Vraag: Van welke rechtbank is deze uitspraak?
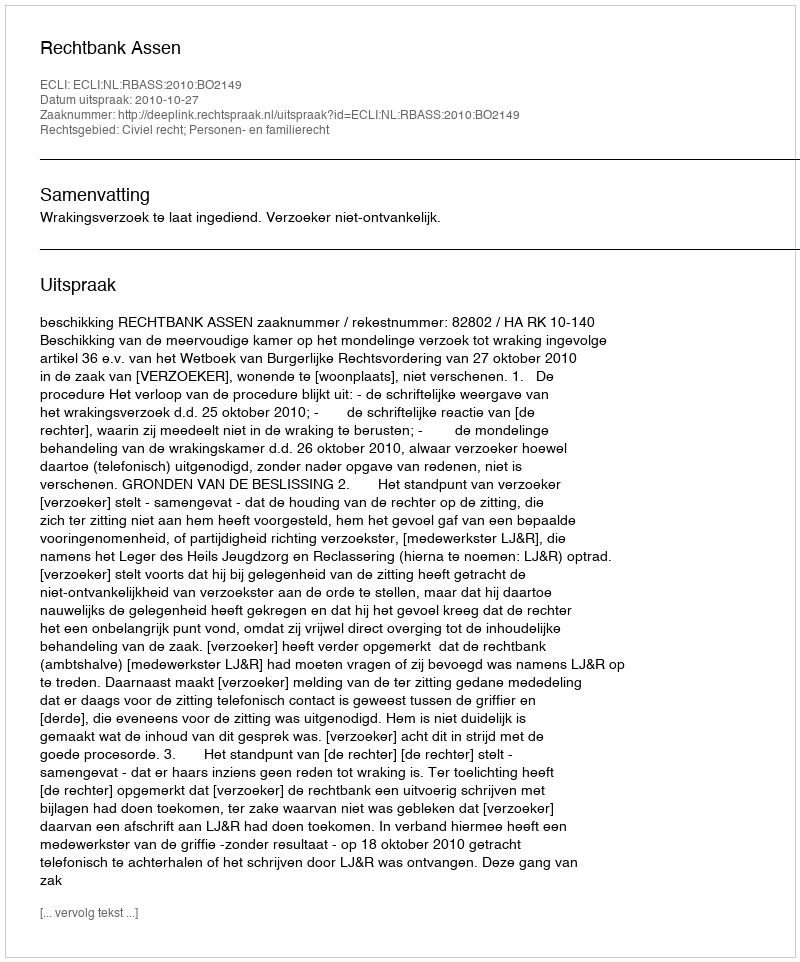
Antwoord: Rechtbank Assen